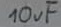
Text: 10uF